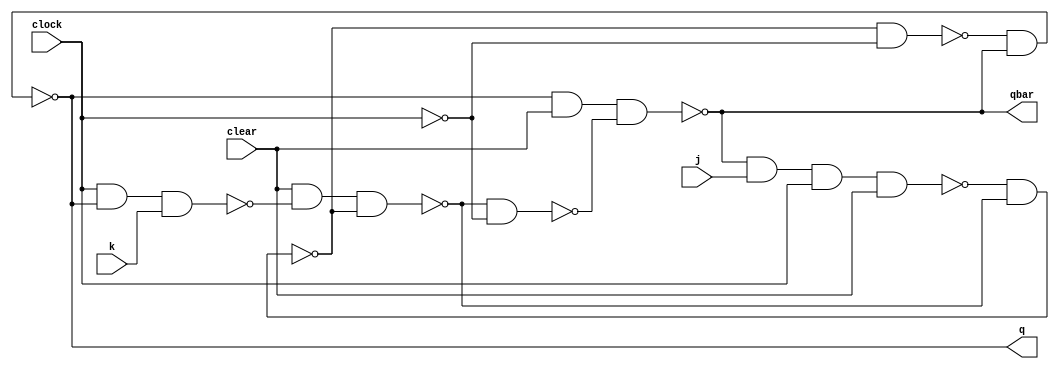
module JKFF(q,qbar,j,k,clock,clear);

input j,k,clock,clear;
output q,qbar;

wire a,b,y,ybar,c,d,clockBar;


nand(a,qbar,j,clock,clear);
nand(b,clock,q,k);
nand(y,a,ybar);
nand(ybar,clear,b,y);

not(clockBar,clock);

nand(c,y,clockBar);
nand(d,ybar,clockBar);
nand(q,c,qbar);
nand(qbar,q,clear,d);

//active low clear

endmodule